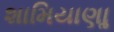
શામિયાણાૢ